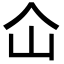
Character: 仚